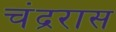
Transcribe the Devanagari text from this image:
चंद्ररास